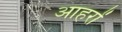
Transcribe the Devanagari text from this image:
आहरों